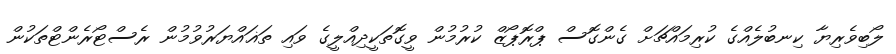
ލޯބިވެރިޔާ ކިނބުލެއްގެ ކުރިމައްޗަށް ގެންގޮސް ޕްރޮޕޯޒް ކުރުމުން ވީގޮތަކީދިއްލީގެ ވައި ތަޣައްޔަރުވުމުން ރެސްޓޯރެންޓްތަކުން